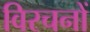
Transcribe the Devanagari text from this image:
विरचनों